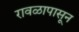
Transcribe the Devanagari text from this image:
रावळापासून